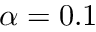
\alpha = 0 . 1